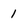
Character: 1